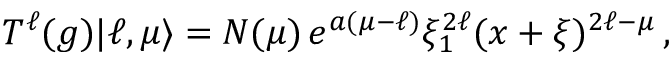
T ^ { \ell } ( g ) | \ell , \mu \rangle = N ( \mu ) \, e ^ { a ( \mu - \ell ) } \xi _ { 1 } ^ { 2 \ell } ( x + \xi ) ^ { 2 \ell - \mu } \, ,